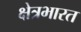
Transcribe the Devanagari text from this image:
क्षेत्रभारत